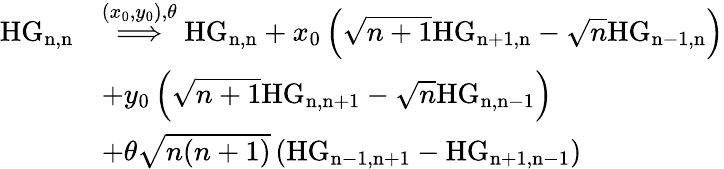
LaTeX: \begin{array}{rl}{\mathrm{HG_{n,n}}}&{\overset{(x_{0},y_{0}),\theta}{\Longrightarrow}\mathrm{HG_{n,n}}+x_{0}\left(\sqrt{n+1}\mathrm{HG_{n+1,n}}-\sqrt{n}\mathrm{HG_{n-1,n}}\right)}\\ &{+y_{0}\left(\sqrt{n+1}\mathrm{HG_{n,n+1}}-\sqrt{n}\mathrm{HG_{n,n-1}}\right)}\\ &{+\theta\sqrt{n(n+1)}\left(\mathrm{HG_{n-1,n+1}}-\mathrm{HG_{n+1,n-1}}\right)}\end{array}